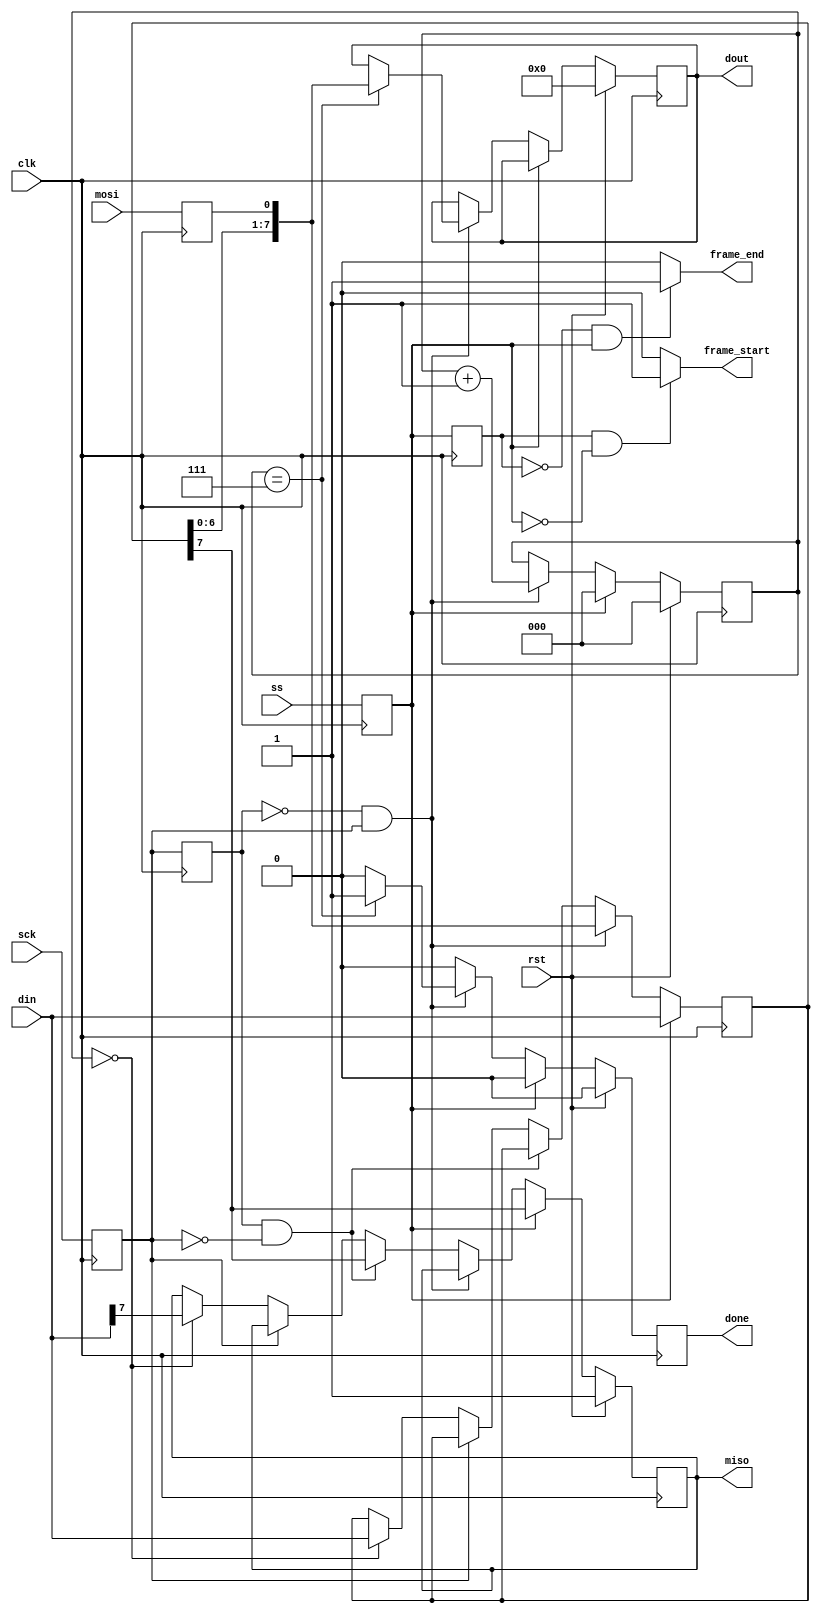
module spi_slave(
    input clk,
    input rst,
    input ss,
    input mosi,
    output miso,
    input sck,
    output done,
    input [7:0] din,
    output [7:0] dout,
    output reg frame_start,
    output reg frame_end
    );

reg mosi_d, mosi_q;
reg ss_d, ss_q;
reg sck_d, sck_q;
reg sck_old_d, sck_old_q;
reg [7:0] data_d, data_q;
reg done_d, done_q;
reg [2:0] bit_ct_d, bit_ct_q;
reg [7:0] dout_d, dout_q;
reg miso_d, miso_q;
reg frame_d, frame_q;

assign miso = miso_q;
assign done = done_q;
assign dout = dout_q;

always @(*) begin
    ss_d = ss;
    mosi_d = mosi;
    miso_d = miso_q;
    sck_d = sck;
    sck_old_d = sck_q;
    data_d = data_q;
    done_d = 1'b0;
    bit_ct_d = bit_ct_q;
    dout_d = dout_q;
    frame_d = ss_q;
    frame_start = 1'b0;
    frame_end = 1'b0;

    if (frame_q == 1'b1 && ss_q == 1'b0)
        frame_start = 1'b1;
    if (frame_q == 1'b0 && ss_q == 1'b1)
        frame_end = 1'b1;

    if (ss_q) begin
        bit_ct_d = 3'b0;
        data_d = din;
        miso_d = data_q[7];
    end else begin
        if (!sck_old_q && sck_q) begin // rising edge
            data_d = {data_q[6:0], mosi_q};
            bit_ct_d = bit_ct_q + 1'b1;
            if (bit_ct_q == 3'b111) begin
                dout_d = {data_q[6:0], mosi_q};
                done_d = 1'b1;
            end
        end else if (sck_old_q && !sck_q) begin // falling edge
            miso_d = data_q[7];
        end else if (!sck_q) begin
            if (bit_ct_q == 3'd0) begin
                miso_d = din[7];
                data_d = din;
            end
        end
    end
end

always @(posedge clk) begin
    if (rst) begin
        done_q <= 1'b0;
        bit_ct_q <= 3'b0;
        dout_q <= 8'b0;
        miso_q <= 1'b1;
    end else begin
        done_q <= done_d;
        bit_ct_q <= bit_ct_d;
        dout_q <= dout_d;
        miso_q <= miso_d;
    end

    sck_q <= sck_d;
    mosi_q <= mosi_d;
    ss_q <= ss_d;
    data_q <= data_d;
    sck_old_q <= sck_old_d;
    frame_q <= frame_d;

end

endmodule